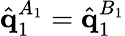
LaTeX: \hat{\mathbf{q}}_{1}^{A_{1}}=\hat{\mathbf{q}}_{1}^{B_{1}}